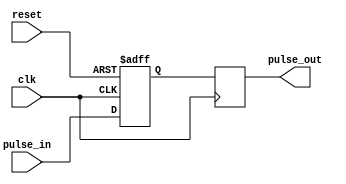
module Pulse_Synchronizer (
    input wire clk,
    input wire reset,
    input wire pulse_in,
    output reg pulse_out
);

reg synchronized_pulse;

always @(posedge clk or posedge reset) begin
    if (reset) begin
        synchronized_pulse <= 1'b0;
    end else begin
        synchronized_pulse <= pulse_in;
    end
end

always @(posedge clk) begin
    pulse_out <= synchronized_pulse;
end

endmodule